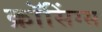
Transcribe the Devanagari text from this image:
क्रॉसिंग्स